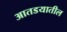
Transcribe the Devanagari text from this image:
आतडयातील